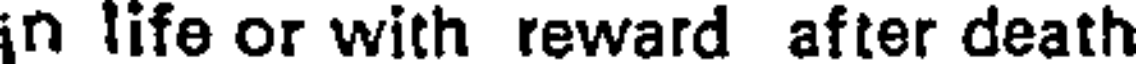
in life or with reward after death